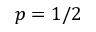
p = 1 / 2